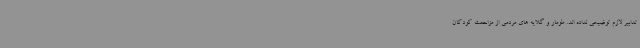
تدابیر لازم توضیحی نداده اند. طومار و گلایه های مردمی از مزاحمت کودکان